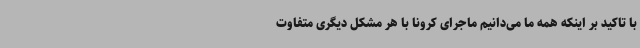
با تاکید بر اینکه همه ما می‌دانیم ماجرای کرونا با هر مشکل دیگری متفاوت